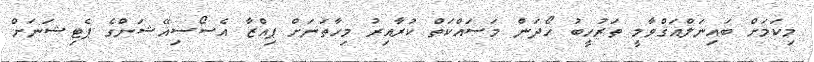
މިކަމަށް ބައިނަލްއަޤްވާމީ ތަރުހީބު ހޯދަން މަސައްކަތް ކުރާއިރު މިހާތަނަށް ޕިއްޒާ އެސޯސިއޭޝަންގެ ޕެޓިޝަނަށް